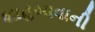
શાહબાવાની